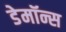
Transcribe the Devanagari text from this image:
डेमॉन्स